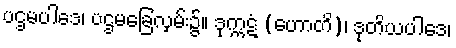
ပဌမပါဒေ၊ ပဌမခြေလှမ်း၌။ ဒုက္ကဋံ (ဟောတိ)၊ ဒုတိယပါဒေ၊